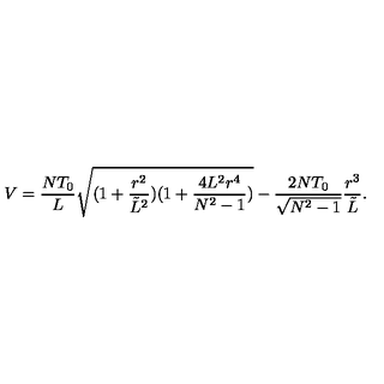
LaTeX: V = \frac { N T _ { 0 } } { L } \sqrt { ( 1 + \frac { r ^ { 2 } } { { \tilde { L } } ^ { 2 } } ) ( 1 + \frac { 4 L ^ { 2 } r ^ { 4 } } { N ^ { 2 } - 1 } ) } - \frac { 2 N T _ { 0 } } { \sqrt { N ^ { 2 } - 1 } } \frac { r ^ { 3 } } { { \tilde { L } } } .